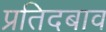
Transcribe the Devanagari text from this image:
प्रतिदबाव